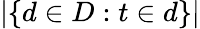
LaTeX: |\{ d\in D:t\in d\} |